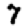
Digit: 7